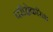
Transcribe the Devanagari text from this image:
परीक्षेकरिता